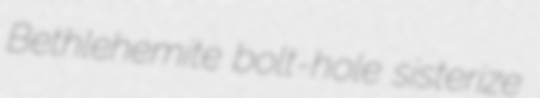
Bethlehemite bolt-hole sisterize